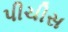
પીચીસ